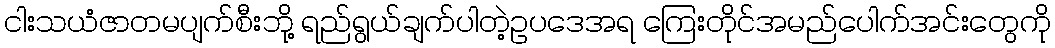
ငါးသယံဇာတမပျက်စီးဘို့ ရည်ရွယ်ချက်ပါတဲ့ဥပဒေအရ ကြေးတိုင်အမည်ပေါက်အင်းတွေကို